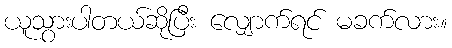
ယူသွားပါတယ်ဆိုပြီး လျှောက်ရင် မခက်လား။